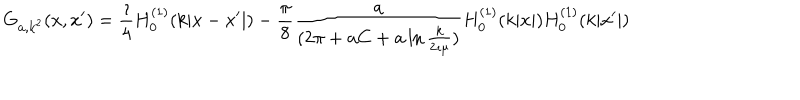
G _ { { \bf a } , k ^ { 2 } } ( x , x ^ { \prime } ) = { \frac { \imath } { 4 } } H _ { 0 } ^ { ( 1 ) } ( k | x - x ^ { \prime } | ) - { \frac { \pi } { 8 } } { \frac { \bf a } { ( 2 \pi + { \bf a } C + { \bf a } \ln { \frac { k } { 2 \imath \mu } } ) } } H _ { 0 } ^ { ( 1 ) } ( k | x | ) H _ { 0 } ^ { ( 1 ) } ( k | x ^ { \prime } | )